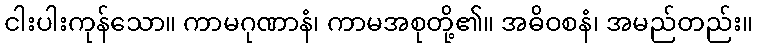
ငါးပါးကုန်သော။ ကာမဂုဏာနံ၊ ကာမအစုတို့၏။ အဓိဝစနံ၊ အမည်တည်း။